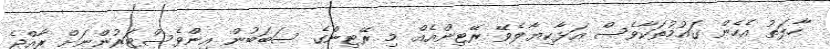
ހާލަތު އެހެން ގައުމުތަކާވެސް އަޅާކިޔާލެވޭ ރޭޓިންއެއް. މި ރޭޓިންގެ ސަބަބުން އިންވެސްޓަރުންނަށް ރާއްޖެ